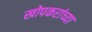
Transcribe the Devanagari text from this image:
खोपकरांच्या